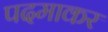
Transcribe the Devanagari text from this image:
पदमाकर